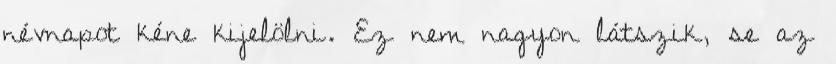
névnapot kéne kijelölni. Ez nem nagyon látszik, se az